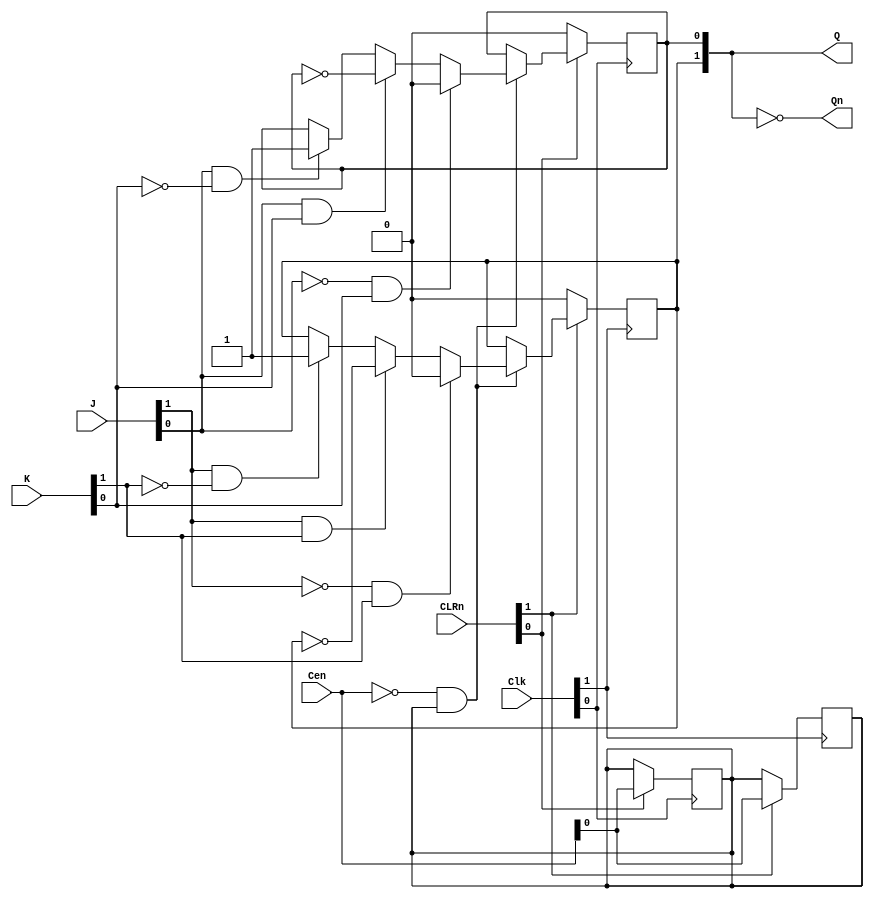
// 74LS107A: Dual J-/K flip-flop with clear; negative-edge-triggered
// Inputs              Outputs
//----------------------------
// CLRn CLK  J  K      Q   Qn
// L    X    X  X      L   H
// H    F    L  L      Q0  Q0n
// H    F    H  L      H   L
// H    F    L  H      L   H
// H    F    H  H      Toggle
// H    H    X  X      Q0  Q0n

//Switching characteristics
//Parameter From  To     Typ   Max 
// tPLH     CLRn  Qn     16ns  25ns 
// tPHL     CLRn  Q      25ns  40ns
// tPLH     CLK   Q,Qn   16ns  25ns
// tPHL     CLK   Q,Qn   25ns  40ns

//<START_TEMPLATE>
//ttl_74107a #(.BLOCKS(1)) <NAME> (.CLRn(), .J(), .K(), .Clk(), .Q(), .Qn());
//<END_TEMPLATE>
//
`default_nettype none
`timescale 1ns/1ps

module ttl_74107a_AsyncClr #(parameter BLOCKS = 2)
(
  input wire [BLOCKS-1:0] CLRn,
  input wire [BLOCKS-1:0] J,
  input wire [BLOCKS-1:0] K,
  input wire [BLOCKS-1:0] Clk,
  input wire [BLOCKS-1:0] Cen,
  output wire [BLOCKS-1:0] Q,
  output wire [BLOCKS-1:0] Qn
);

//------------------------------------------------//
reg [BLOCKS-1:0] Q_current;
reg last_cen;

generate
    genvar i;
    for (i = 0; i < BLOCKS; i = i + 1)
    begin: gen_blocks
        initial Q_current[i] = 1'b0; //supposition
        initial last_cen = 1'b1;
        always @(posedge Clk[i])

        begin
            if (!CLRn[i]) begin
                Q_current[i] <= 1'b0; //CLEAR
            end
            else begin
                last_cen <= Cen;
                if (!Cen && last_cen) begin //detect falling edge of Cen
                    if (!J[i] && K[i])
                        Q_current[i] <= 1'b0; //set low
                    else if (J[i] && K[i])
                        Q_current[i] <= ~Q_current[i]; //toggle
                    else if (J[i] && ~K[i])
                        Q_current[i] <= 1'b1; //set high
                    // else J=K=L
                    //   Q_current[i] <= Q_current[i]; //hold value
                end
            end
        end
    end
endgenerate
//------------------------------------------------//

assign Q = Q_current;
assign Qn = ~Q_current;

endmodule